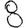
Digit: 8